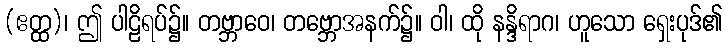
(ဧတ္ထ)၊ ဤ ပါဠိရပ်၌။ တဗ္ဘာဝေ၊ တဗ္ဘောအနက်၌။ ဝါ၊ ထို နန္ဒိရာဂ၊ ဟူသော ရှေးပုဒ်၏